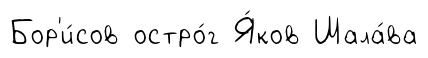
Бор'и́сов остро́г Я́ков Шала́ва